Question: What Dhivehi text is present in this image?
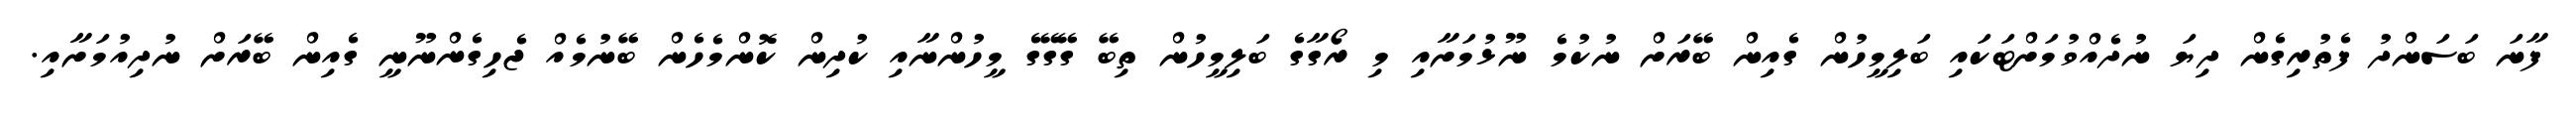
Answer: ފާނަ ބަސަންދު ފެތުރިގެން ދިޔަ ނުދެއްވުމަށްޓަކައި ބަލިމީހުން ގެއިން ބޭރަށް ނުކުމެ ނޫޅުމަށާއި މި ރޯގާގެ ބަލިމީހުން ތިބޭ ގޭގޭގެ މީހުންނާއި ކުދިން ކޮންމެހެން ބޭނުމެއް ޖެހިގެންނޫނީ ގެއިން ބޭރަށް ނުދިއުމަށާއި.